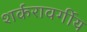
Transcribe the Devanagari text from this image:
शर्करावर्गीय